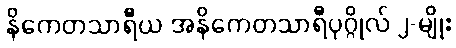
နိကေတသာရီယ အနိကေတသာရီပုဂ္ဂိုလ် ၂-မျိုး